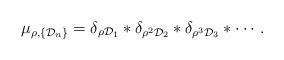
LaTeX: \begin{align*}\mu_{\rho,\{\mathcal{D}_{n}\}}=\delta_{\rho\mathcal{D}_{1}}*\delta_{\rho^{2}\mathcal{D}_{2}}*\delta_{\rho^{3}\mathcal{D}_{3}}*\cdots.\end{align*}